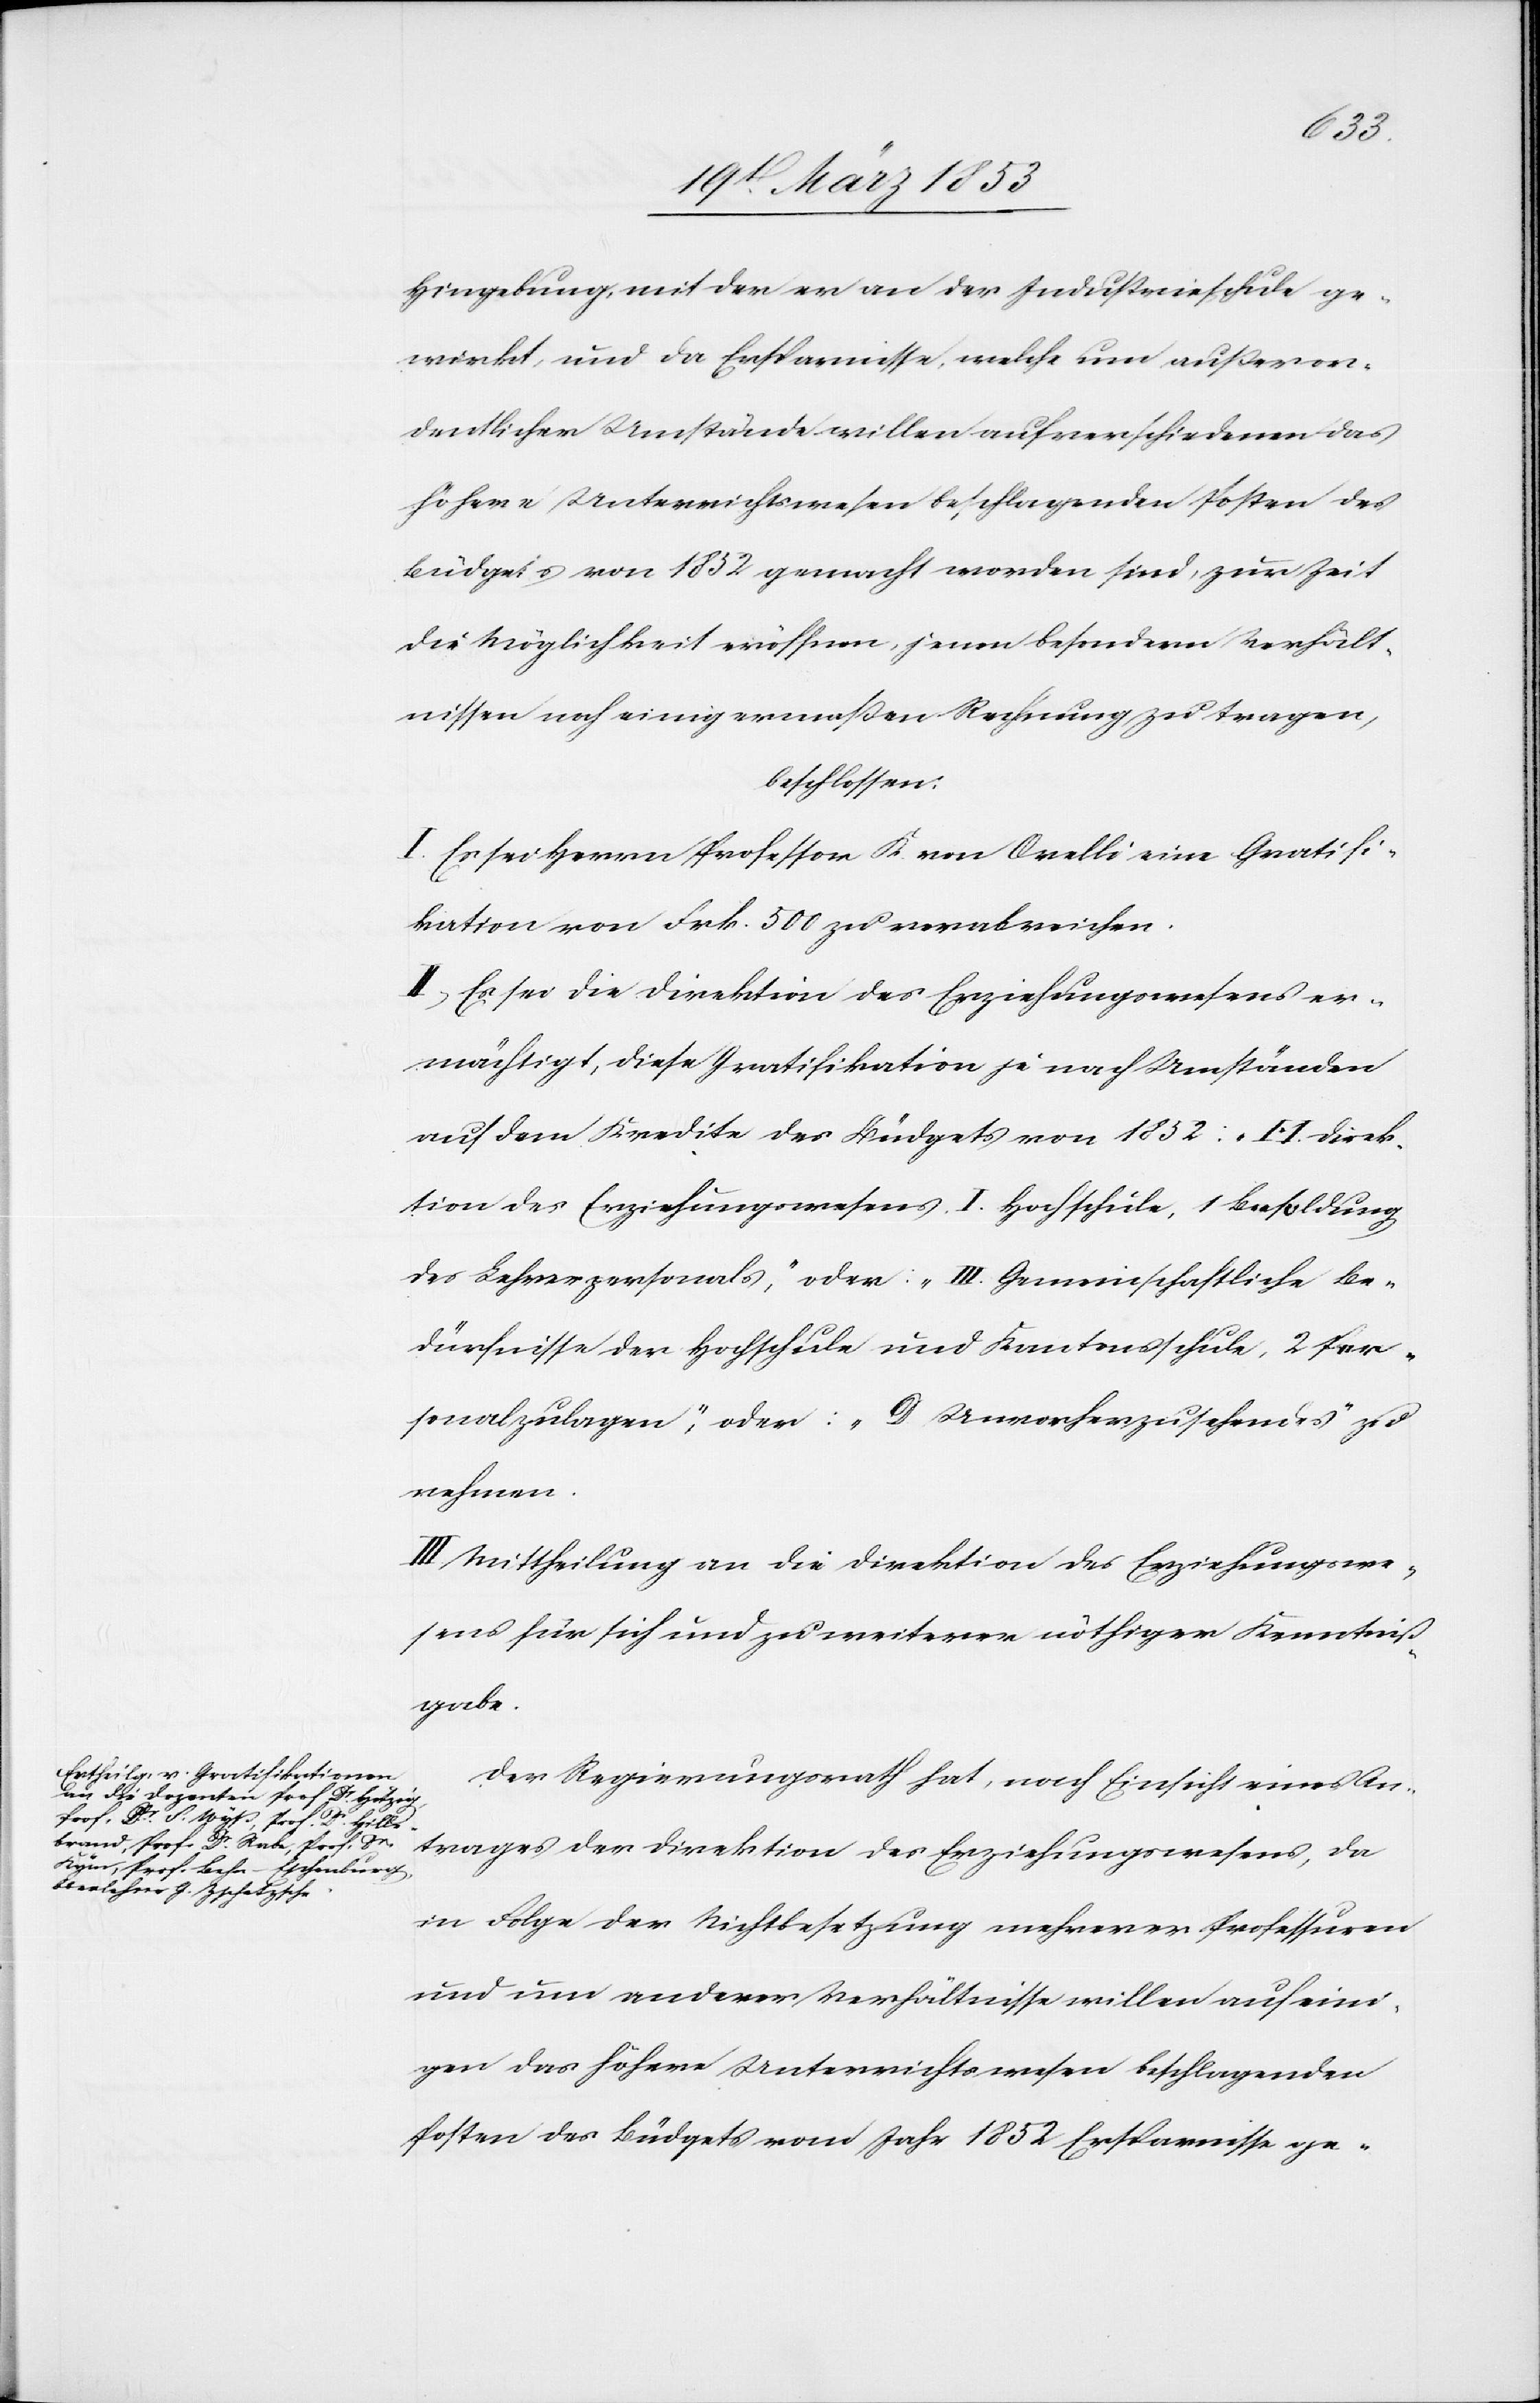
Hingebung, mit der er an der Industrieschule ge¬
wirkt, und da Ersparnisse, welche um außeror¬
dentlicher Umstände willen auf verschiedenen das
höhere Unterrichtswesen beschlagenden Posten des
Büdgets von 1852 gemacht worden sind, zur Zeit
die Möglichkeit eröffnen, jenen besondern Verhält¬
nissen noch einigermassen Rechnung zu tragen,
beschlossen:
I. Es sei Herrn Professor K. von Orelli eine Gratifi¬
kation von Frk. 500 zu verabreichen.
II. Es sei die Direktion des Erziehungswesens er¬
mächtigt, diese Gratifikation je nach Umständen
auf den Kredite des Büdgets von 1852: „A. Direk¬
tion des Erziehungswesens. I. Hochschule, 1 Besoldung
des Lehrerpersonals“, oder: „III. Gemeinschaftliche Be¬
dürfnisse der Hochschule und Kantonsschule, 2 Per¬
sonalzulagen“, oder: „D. Unvorherzusehendes“ zu
nehmen.
Mittheilung an die Direktion des Erziehungswe¬
sens für sich und zu weiterer nöthiger Kenntniß¬
gabe.
Der Regierungsrath hat, nach Einsicht eines An¬
trages der Direktion des Erziehungswesens, da
in Folge der Nichtbesetzung mehrerer Professuren
und um anderer Verhältnisse willen auf eini¬
gen das höhere Unterrichtswesen beschlagenden
Posten des Büdgets vom Jahr 1852 Ersparnisse ge-